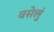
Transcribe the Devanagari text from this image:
वसेलुं